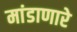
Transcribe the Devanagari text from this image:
मांडाणारे